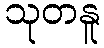
သုတနူ